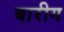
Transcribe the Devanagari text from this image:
बारीग